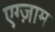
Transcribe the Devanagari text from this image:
एग्ज़ाम